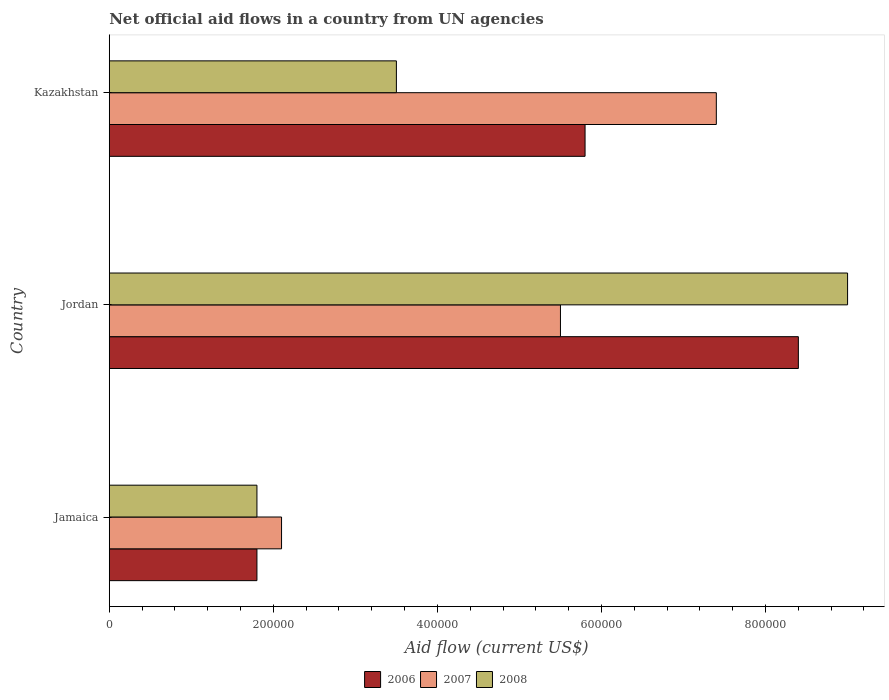
| Country | 2006 | 2007 | 2008 |
 | --- | --- | --- | --- |
 | Jamaica | 1.8e+05 | 2.1e+05 | 1.8e+05 |
 | Jordan | 8.4e+05 | 5.5e+05 | 9e+05 |
 | Kazakhstan | 5.8e+05 | 7.4e+05 | 3.5e+05 |